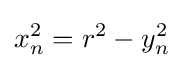
{\begin{aligned}x_{n}^{2}=r^{2}-y_{n}^{2}\end{aligned}}